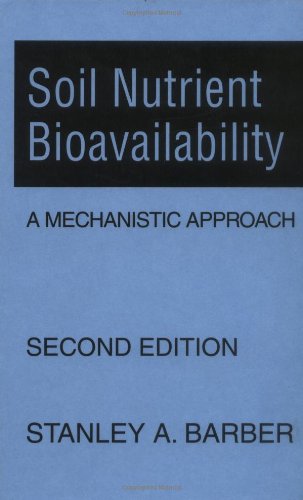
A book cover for Soil Nutrient Bioavailability: A Mechanistic Approach; Stanley A. Barber; Crafts, Hobbies & Home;